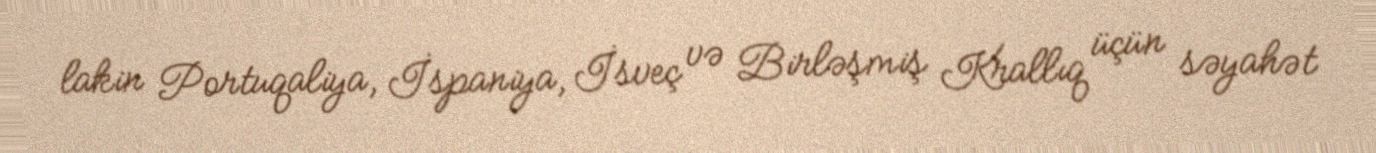
lakin Portuqaliya, İspaniya, İsveç və Birləşmiş Krallıq üçün səyahət